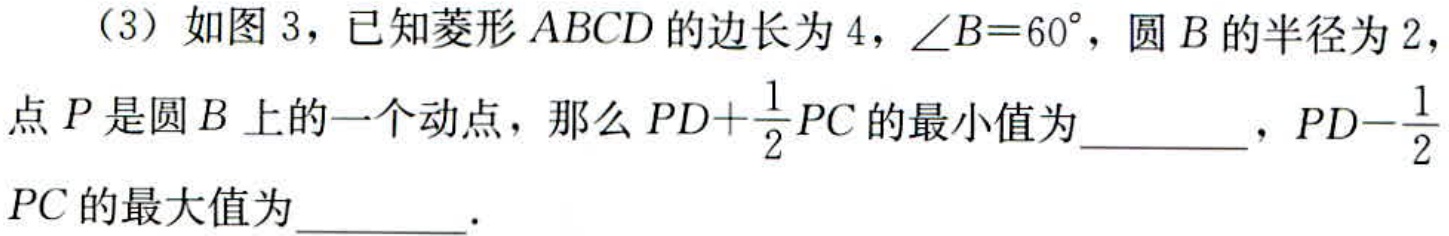
（3）如图 3，已知菱形 \(ABCD\) 的边长为 \(4\)，\(\angle B = 60^{\circ}\)，圆 \(B\) 的半径为 \(2\)，点 \(P\) 是圆 \(B\) 上的一个动点，那么 \(PD+\frac{1}{2}PC\) 的最小值为  ，\(PD - \frac{1}{2}PC\) 的最大值为  ．